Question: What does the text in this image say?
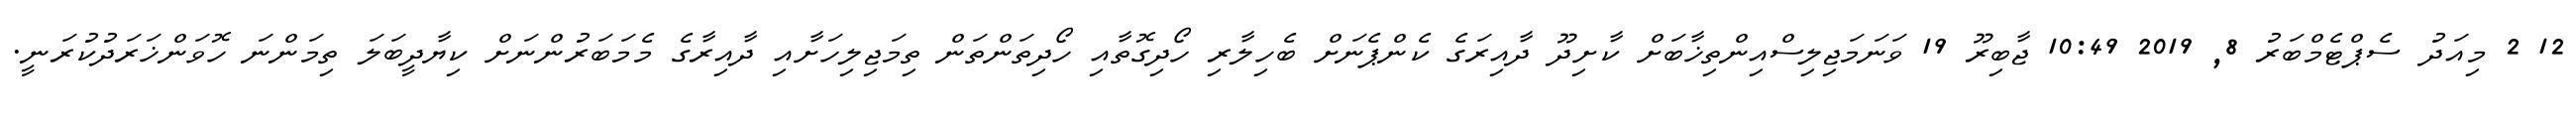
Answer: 12 2 މިއަދު ސެޕްޓެމްބަރު 8, 2019 10:49 ޖާބިރޫ 19 ވަނަމަޖިލިސްއިންތިޚާބަށް ކާށިދޫ ދާއިރަގެ ކެންޕެނަށް ބެހިލާރި ހޯދިގޮތާއި ހޯދިތަންތަން ތިމަޖިލިހަށާއި ދާއިރާގެ މެމަބަރުންނަށް ކިޔާދީބަލަ ތިމަންނަ ހޮވަންޚަރަދުކުރަނީ.